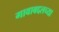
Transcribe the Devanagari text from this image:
गावाबद्दलच्या